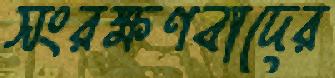
সংরক্ষণবাদের